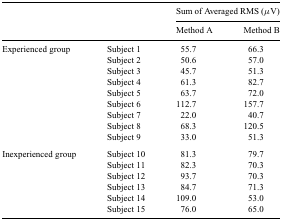
<table><thead><tr><td></td><td></td><td colspan="2"><b>Sum of Averaged RMS (μV)</b></td></tr><tr><td></td><td></td><td><b>Method A</b></td><td><b>Method B</b></td></tr></thead><tbody><tr><td>Experienced group</td><td>Subject 1</td><td>55.7</td><td>66.3</td></tr><tr><td></td><td>Subject 2</td><td>50.6</td><td>57.0</td></tr><tr><td></td><td>Subject 3</td><td>45.7</td><td>51.3</td></tr><tr><td></td><td>Subject 4</td><td>61.3</td><td>82.7</td></tr><tr><td></td><td>Subject 5</td><td>63.7</td><td>72.0</td></tr><tr><td></td><td>Subject 6</td><td>112.7</td><td>157.7</td></tr><tr><td></td><td>Subject 7</td><td>22.0</td><td>40.7</td></tr><tr><td></td><td>Subject 8</td><td>68.3</td><td>120.5</td></tr><tr><td></td><td>Subject 9</td><td>33.0</td><td>51.3</td></tr><tr><td>Inexperienced group</td><td>Subject 10</td><td>81.3</td><td>79.7</td></tr><tr><td></td><td>Subject 11</td><td>82.3</td><td>70.3</td></tr><tr><td></td><td>Subject 12</td><td>93.7</td><td>70.3</td></tr><tr><td></td><td>Subject 13</td><td>84.7</td><td>71.3</td></tr><tr><td></td><td>Subject 14</td><td>109.0</td><td>53.0</td></tr><tr><td></td><td>Subject 15</td><td>76.0</td><td>65.0</td></tr></tbody></table>